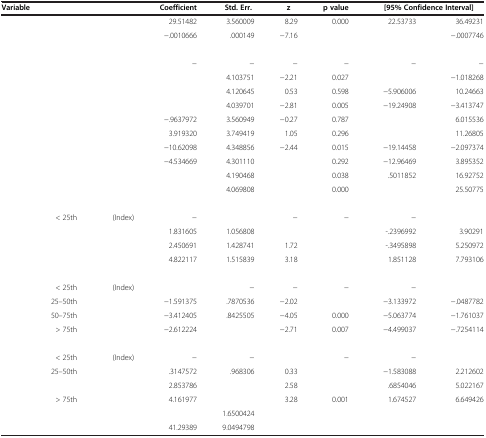
<table><thead><tr><td colspan="3"><b>Variable</b></td><td><b>Coefficient</b></td><td><b>Std. Err.</b></td><td><b>z</b></td><td><b>p value</b></td><td colspan="2"><b>[95% Confidence Interval]</b></td></tr></thead><tbody><tr><td colspan="3">[EMPTY_CELL]</td><td>29.51482</td><td>3.560009</td><td>8.29</td><td>0.000</td><td>22.53733</td><td>36.49231</td></tr><tr><td colspan="3">[EMPTY_CELL]</td><td>−.0010666</td><td>.000149</td><td>−7.16</td><td>[EMPTY_CELL]</td><td>[EMPTY_CELL]</td><td>−.0007746</td></tr><tr><td colspan="9">[EMPTY_CELL]</td></tr><tr><td colspan="3">[EMPTY_CELL]</td><td>−</td><td>−</td><td>−</td><td>−</td><td>−</td><td>−</td></tr><tr><td colspan="3">[EMPTY_CELL]</td><td>[EMPTY_CELL]</td><td>4.103751</td><td>−2.21</td><td>0.027</td><td>[EMPTY_CELL]</td><td>−1.018268</td></tr><tr><td colspan="3">[EMPTY_CELL]</td><td>[EMPTY_CELL]</td><td>4.120645</td><td>0.53</td><td>0.598</td><td>−5.906006</td><td>10.24663</td></tr><tr><td colspan="3">[EMPTY_CELL]</td><td>[EMPTY_CELL]</td><td>4.039701</td><td>−2.81</td><td>0.005</td><td>−19.24908</td><td>−3.413747</td></tr><tr><td colspan="3">[EMPTY_CELL]</td><td>−.9637972</td><td>3.560949</td><td>−0.27</td><td>0.787</td><td>[EMPTY_CELL]</td><td>6.015536</td></tr><tr><td colspan="3">[EMPTY_CELL]</td><td>3.919320</td><td>3.749419</td><td>1.05</td><td>0.296</td><td>[EMPTY_CELL]</td><td>11.26805</td></tr><tr><td colspan="3">[EMPTY_CELL]</td><td>−10.62098</td><td>4.348856</td><td>−2.44</td><td>0.015</td><td>−19.14458</td><td>−2.097374</td></tr><tr><td colspan="3">[EMPTY_CELL]</td><td>−4.534669</td><td>4.301110</td><td>[EMPTY_CELL]</td><td>0.292</td><td>−12.96469</td><td>3.895352</td></tr><tr><td colspan="3">[EMPTY_CELL]</td><td>[EMPTY_CELL]</td><td>4.190468</td><td>[EMPTY_CELL]</td><td>0.038</td><td>.5011852</td><td>16.92752</td></tr><tr><td colspan="3">[EMPTY_CELL]</td><td>[EMPTY_CELL]</td><td>4.069808</td><td>[EMPTY_CELL]</td><td>0.000</td><td>[EMPTY_CELL]</td><td>25.50775</td></tr><tr><td colspan="9">[EMPTY_CELL]</td></tr><tr><td>[EMPTY_CELL]</td><td>&lt; 25th</td><td rowspan="4">(Index)</td><td>−</td><td>[EMPTY_CELL]</td><td>−</td><td>−</td><td>−</td><td>[EMPTY_CELL]</td></tr><tr><td>[EMPTY_CELL]</td><td>[EMPTY_CELL]</td><td>1.831605</td><td>1.056808</td><td>[EMPTY_CELL]</td><td>[EMPTY_CELL]</td><td>-.2396992</td><td>3.90291</td></tr><tr><td>[EMPTY_CELL]</td><td>[EMPTY_CELL]</td><td>2.450691</td><td>1.428741</td><td>1.72</td><td>[EMPTY_CELL]</td><td>-.3495898</td><td>5.250972</td></tr><tr><td>[EMPTY_CELL]</td><td>[EMPTY_CELL]</td><td>4.822117</td><td>1.515839</td><td>3.18</td><td>[EMPTY_CELL]</td><td>1.851128</td><td>7.793106</td></tr><tr><td colspan="9">[EMPTY_CELL]</td></tr><tr><td>[EMPTY_CELL]</td><td>&lt; 25th</td><td rowspan="4">(Index)</td><td>[EMPTY_CELL]</td><td>−</td><td>−</td><td>−</td><td>−</td><td>[EMPTY_CELL]</td></tr><tr><td>[EMPTY_CELL]</td><td>25–50th</td><td>−1.591375</td><td>.7870536</td><td>−2.02</td><td>[EMPTY_CELL]</td><td>−3.133972</td><td>−.0487782</td></tr><tr><td>[EMPTY_CELL]</td><td>50–75th</td><td>−3.412405</td><td>.8425505</td><td>−4.05</td><td>0.000</td><td>−5.063774</td><td>−1.761037</td></tr><tr><td>[EMPTY_CELL]</td><td>&gt; 75th</td><td>−2.612224</td><td>[EMPTY_CELL]</td><td>−2.71</td><td>0.007</td><td>−4.499037</td><td>−.7254114</td></tr><tr><td colspan="9">[EMPTY_CELL]</td></tr><tr><td>[EMPTY_CELL]</td><td>&lt; 25th</td><td rowspan="4">(Index)</td><td>−</td><td>−</td><td>[EMPTY_CELL]</td><td>−</td><td>−</td><td>[EMPTY_CELL]</td></tr><tr><td>[EMPTY_CELL]</td><td>25–50th</td><td>.3147572</td><td>.968306</td><td>0.33</td><td>[EMPTY_CELL]</td><td>−1.583088</td><td>2.212602</td></tr><tr><td>[EMPTY_CELL]</td><td>[EMPTY_CELL]</td><td>2.853786</td><td>[EMPTY_CELL]</td><td>2.58</td><td>[EMPTY_CELL]</td><td>.6854046</td><td>5.022167</td></tr><tr><td>[EMPTY_CELL]</td><td>&gt; 75th</td><td>4.161977</td><td>[EMPTY_CELL]</td><td>3.28</td><td>0.001</td><td>1.674527</td><td>6.649426</td></tr><tr><td colspan="3">[EMPTY_CELL]</td><td>[EMPTY_CELL]</td><td>1.6500424</td><td>[EMPTY_CELL]</td><td>[EMPTY_CELL]</td><td>[EMPTY_CELL]</td><td>[EMPTY_CELL]</td></tr><tr><td colspan="3">[EMPTY_CELL]</td><td>41.29389</td><td>9.0494798</td><td>[EMPTY_CELL]</td><td>[EMPTY_CELL]</td><td>[EMPTY_CELL]</td><td>[EMPTY_CELL]</td></tr></tbody></table>